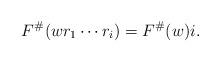
LaTeX: \begin{align*} F^\#(wr_1 \dotsm r_i) = F^\#(w) i . \end{align*}